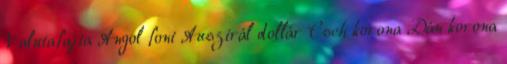
Valutafajta Angol font Ausztrál dollár Cseh korona Dán korona